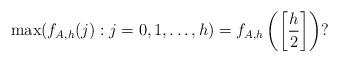
LaTeX: \begin{align*}\max(f_{A,h}(j):j=0,1,\ldots, h) = f_{A,h}\left( \left[ \frac{h}{2} \right]\right) ?\end{align*}